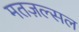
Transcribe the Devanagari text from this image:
मतज़ल्सल